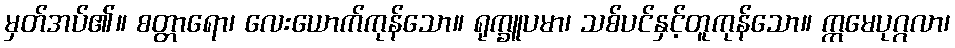
မှတ်အပ်၏။ စတ္တာရော၊ လေးယောက်ကုန်သော။ ရုက္ခူပမာ၊ သစ်ပင်နှင့်တူကုန်သော။ ဣမေပုဂ္ဂလာ၊